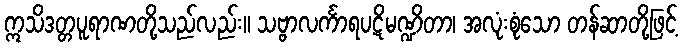
ဣသိဒတ္တပူရာဏတို့သည်လည်း။ သဗ္ဗာလင်္ကာရပဋိမဏ္ဍိတာ၊ အလုံးစုံသော တန်ဆာတို့ဖြင့်